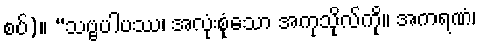
စပ်)။ “သဗ္ဗပါပဿ၊ အလုံးစုံသော အကုသိုလ်ကို။ အကရဏံ၊